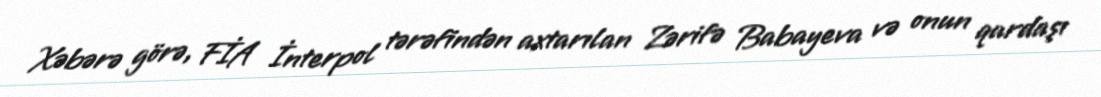
Xəbərə görə, FİA İnterpol tərəfindən axtarılan Zərifə Babayeva və onun qardaşı